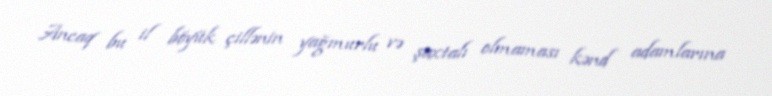
Ancaq bu il böyük çillənin yağmurlu və şaxtalı olmaması kənd adamlarına